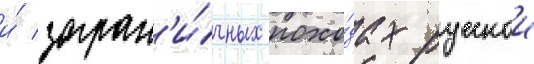
и́ загран'и́чных похо́дах русскои